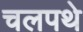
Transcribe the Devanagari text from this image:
चलपथे